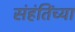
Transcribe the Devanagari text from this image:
संहंतिंच्या